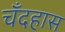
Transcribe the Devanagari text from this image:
चँदहास